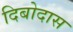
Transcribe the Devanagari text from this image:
दिबोदास